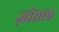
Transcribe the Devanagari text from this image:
ज़ोत्तल